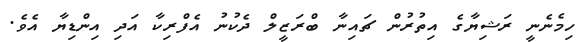
ހިމެނެނީ ރަޝިޔާގެ އިތުރުން ޗައިނާ ބްރަޒީލް ދެކުނު އެފްރިކާ އަދި އިންޑިޔާ އެވެ.